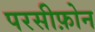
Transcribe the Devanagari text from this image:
परसीफ़ोन